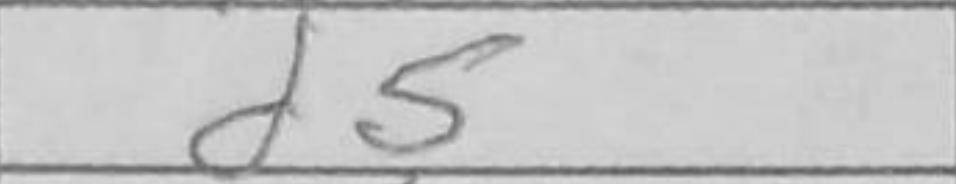
Transcription: d5